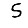
Digit: 5